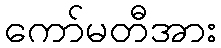
ကော်မတီအား